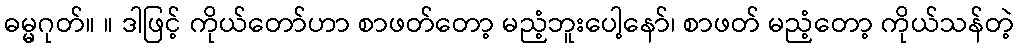
ဓမ္မဂုတ်။ ။ ဒါဖြင့် ကိုယ်တော်ဟာ စာဖတ်တော့ မညံ့ဘူးပေါ့နော်၊ စာဖတ် မညံ့တော့ ကိုယ်သန်တဲ့